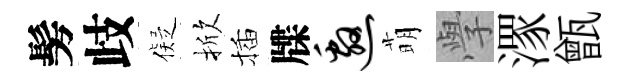
髣歧儗掀插牒邀萌𭓕潈甑